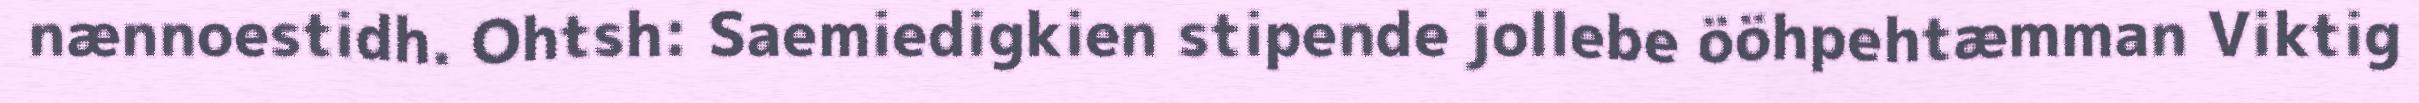
nænnoestidh. Ohtsh: Saemiedigkien stipende jollebe ööhpehtæmman Viktig